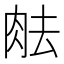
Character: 𦚒